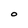
Character: O